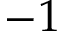
- 1